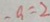
- a = 2